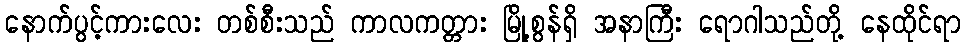
နောက်ပွင့်ကားလေး တစ်စီးသည် ကာလကတ္တား မြို့စွန်ရှိ အနာကြီး ရောဂါသည်တို့ နေထိုင်ရာ